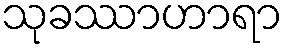
သုခဿာဟာရာ